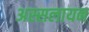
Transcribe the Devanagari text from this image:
अस्सलायन